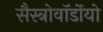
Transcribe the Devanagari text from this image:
सैस्त्रोवॉर्डोयो